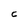
Character: C